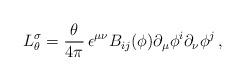
LaTeX: \begin{align*}L_{\theta}^{\sigma}= {\theta\over 4\pi}\, \epsilon^{\mu\nu} B_{ij}(\phi)\partial_{\mu}\phi^{i}\partial_{\nu}\phi^{j}\, ,\end{align*}